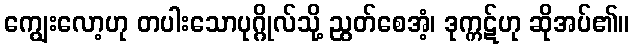
ကျွေးလော့ဟု တပါးသောပုဂ္ဂိုလ်သို့ ညွတ်စေအံ့၊ ဒုက္ကဋ်ဟု ဆိုအပ်၏။